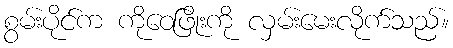
စွမ်းပိုင်က ကိုဝေဖြိုးကို လှမ်းမေးလိုက်သည်။